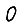
Digit: 0